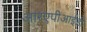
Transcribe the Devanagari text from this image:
आरएपीआईडी